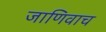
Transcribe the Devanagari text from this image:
जाणिवाच